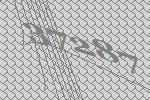
37287